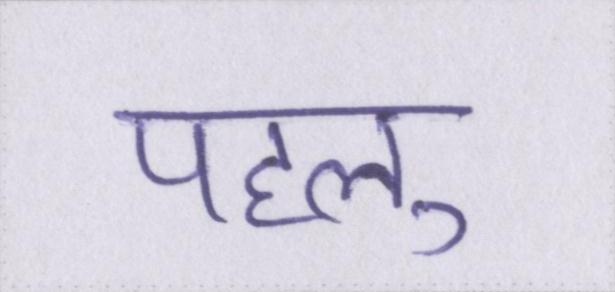
पहलु